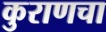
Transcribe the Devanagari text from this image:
कुराणचा